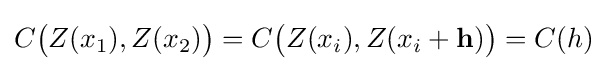
C{\big (}Z(x_{1}),Z(x_{2}){\big )}=C{\big (}Z(x_{i}),Z(x_{i}+\mathbf {h} ){\big )}=C(h)